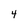
Character: 4